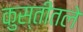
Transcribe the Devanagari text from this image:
कुस्तीतले